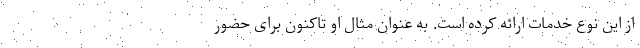
از این نوع خدمات ارائه کرده است. به عنوان مثال او تاکنون برای حضور